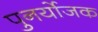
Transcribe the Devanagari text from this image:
पुनर्योजक